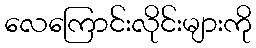
လေကြောင်းလိုင်းများကို